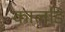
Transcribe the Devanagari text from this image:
कालडि